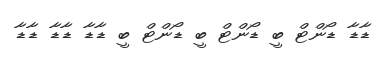
ޑާޑާ ޑޯންޓް ބީ ޑޯންޓް ބީ ޑޯންޓް ބީ ޑާޑާ ޑާޑާ ޑާޑާ